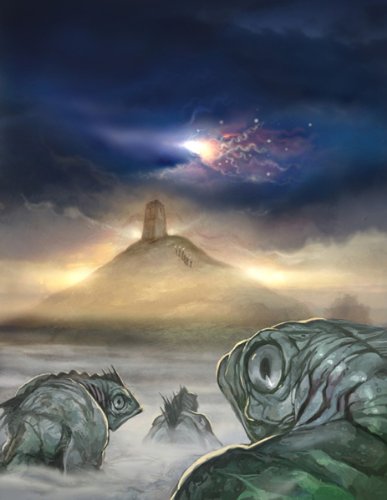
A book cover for Cthulhu Britannica: Avalon: The Somerset Sourcebook; Paul Wade-Williams; Science Fiction & Fantasy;